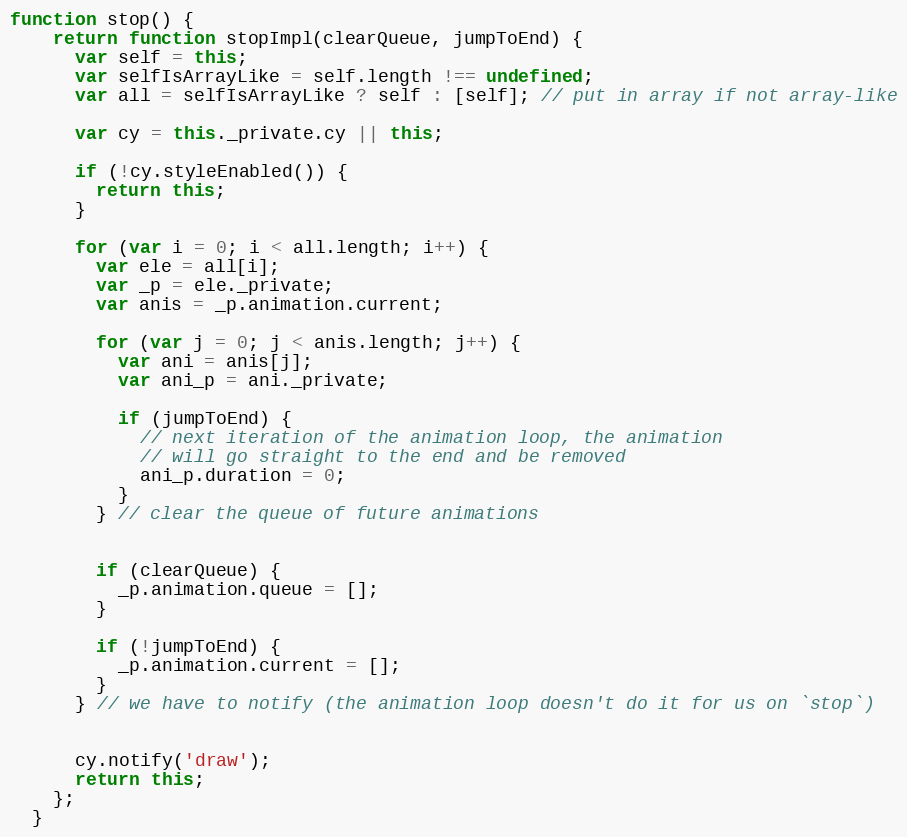
Language: JavaScript
function stop() {
    return function stopImpl(clearQueue, jumpToEnd) {
      var self = this;
      var selfIsArrayLike = self.length !== undefined;
      var all = selfIsArrayLike ? self : [self]; // put in array if not array-like

      var cy = this._private.cy || this;

      if (!cy.styleEnabled()) {
        return this;
      }

      for (var i = 0; i < all.length; i++) {
        var ele = all[i];
        var _p = ele._private;
        var anis = _p.animation.current;

        for (var j = 0; j < anis.length; j++) {
          var ani = anis[j];
          var ani_p = ani._private;

          if (jumpToEnd) {
            // next iteration of the animation loop, the animation
            // will go straight to the end and be removed
            ani_p.duration = 0;
          }
        } // clear the queue of future animations

        if (clearQueue) {
          _p.animation.queue = [];
        }

        if (!jumpToEnd) {
          _p.animation.current = [];
        }
      } // we have to notify (the animation loop doesn't do it for us on `stop`)

      cy.notify('draw');
      return this;
    };
  }